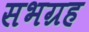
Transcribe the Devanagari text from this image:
सभग्रह